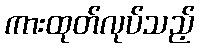
ကားထုတ်လုပ်သည့်